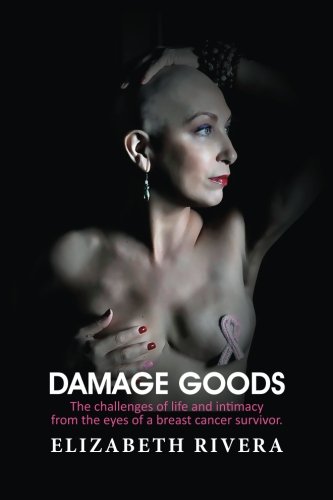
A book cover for Damage Goods: The challenges of life and intimacy from the eyes of a breast cancer survivor.; Elizabeth Rivera; Health, Fitness & Dieting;